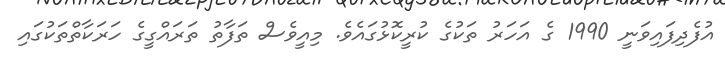
އުފެދިފައިވަނީ 1990 ގެ އަހަރު ތަކުގެ ކުރީކޮޅުގައެވެ. މިއީވެސް ތަފާތު ތަރައްގީގެ ހަރަކާތްތަކުގައި